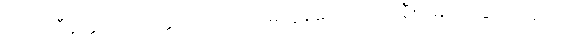
အသလ္လီနတ္တပဟိတတ္တ ပဂ္ဂဟဋ္ဌော၊ မတွန့်သော။ လ။ ချီးမြှောက်ခြင်းသဘော။